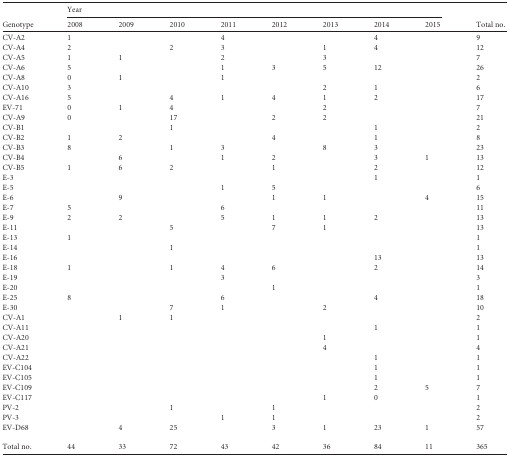
<table><thead><tr><td rowspan="2"><b>Genotype</b></td><td colspan="8"><b>Year</b></td><td rowspan="2"><b>Total no.</b></td></tr><tr><td><b>2008</b></td><td><b>2009</b></td><td><b>2010</b></td><td><b>2011</b></td><td><b>2012</b></td><td><b>2013</b></td><td><b>2014</b></td><td><b>2015</b></td></tr></thead><tbody><tr><td>CV-A2</td><td>1</td><td>[EMPTY_CELL]</td><td>[EMPTY_CELL]</td><td>4</td><td>[EMPTY_CELL]</td><td>[EMPTY_CELL]</td><td>4</td><td>[EMPTY_CELL]</td><td>9</td></tr><tr><td>CV-A4</td><td>2</td><td>[EMPTY_CELL]</td><td>2</td><td>3</td><td>[EMPTY_CELL]</td><td>1</td><td>4</td><td>[EMPTY_CELL]</td><td>12</td></tr><tr><td>CV-A5</td><td>1</td><td>1</td><td>[EMPTY_CELL]</td><td>2</td><td>[EMPTY_CELL]</td><td>3</td><td>[EMPTY_CELL]</td><td>[EMPTY_CELL]</td><td>7</td></tr><tr><td>CV-A6</td><td>5</td><td>[EMPTY_CELL]</td><td>[EMPTY_CELL]</td><td>1</td><td>3</td><td>5</td><td>12</td><td>[EMPTY_CELL]</td><td>26</td></tr><tr><td>CV-A8</td><td>0</td><td>1</td><td>[EMPTY_CELL]</td><td>1</td><td>[EMPTY_CELL]</td><td>[EMPTY_CELL]</td><td>[EMPTY_CELL]</td><td>[EMPTY_CELL]</td><td>2</td></tr><tr><td>CV-A10</td><td>3</td><td>[EMPTY_CELL]</td><td>[EMPTY_CELL]</td><td>[EMPTY_CELL]</td><td>[EMPTY_CELL]</td><td>2</td><td>1</td><td>[EMPTY_CELL]</td><td>6</td></tr><tr><td>CV-A16</td><td>5</td><td>[EMPTY_CELL]</td><td>4</td><td>1</td><td>4</td><td>1</td><td>2</td><td>[EMPTY_CELL]</td><td>17</td></tr><tr><td>EV-71</td><td>0</td><td>1</td><td>4</td><td>[EMPTY_CELL]</td><td>[EMPTY_CELL]</td><td>2</td><td>[EMPTY_CELL]</td><td>[EMPTY_CELL]</td><td>7</td></tr><tr><td>CV-A9</td><td>0</td><td>[EMPTY_CELL]</td><td>17</td><td>[EMPTY_CELL]</td><td>2</td><td>2</td><td>[EMPTY_CELL]</td><td>[EMPTY_CELL]</td><td>21</td></tr><tr><td>CV-B1</td><td>[EMPTY_CELL]</td><td>[EMPTY_CELL]</td><td>1</td><td>[EMPTY_CELL]</td><td>[EMPTY_CELL]</td><td>[EMPTY_CELL]</td><td>1</td><td>[EMPTY_CELL]</td><td>2</td></tr><tr><td>CV-B2</td><td>1</td><td>2</td><td>[EMPTY_CELL]</td><td>[EMPTY_CELL]</td><td>4</td><td>[EMPTY_CELL]</td><td>1</td><td>[EMPTY_CELL]</td><td>8</td></tr><tr><td>CV-B3</td><td>8</td><td>[EMPTY_CELL]</td><td>1</td><td>3</td><td>[EMPTY_CELL]</td><td>8</td><td>3</td><td>[EMPTY_CELL]</td><td>23</td></tr><tr><td>CV-B4</td><td>[EMPTY_CELL]</td><td>6</td><td>[EMPTY_CELL]</td><td>1</td><td>2</td><td>[EMPTY_CELL]</td><td>3</td><td>1</td><td>13</td></tr><tr><td>CV-B5</td><td>1</td><td>6</td><td>2</td><td>[EMPTY_CELL]</td><td>1</td><td>[EMPTY_CELL]</td><td>2</td><td>[EMPTY_CELL]</td><td>12</td></tr><tr><td>E-3</td><td>[EMPTY_CELL]</td><td>[EMPTY_CELL]</td><td>[EMPTY_CELL]</td><td>[EMPTY_CELL]</td><td>[EMPTY_CELL]</td><td>[EMPTY_CELL]</td><td>1</td><td>[EMPTY_CELL]</td><td>1</td></tr><tr><td>E-5</td><td>[EMPTY_CELL]</td><td>[EMPTY_CELL]</td><td>[EMPTY_CELL]</td><td>1</td><td>5</td><td>[EMPTY_CELL]</td><td>[EMPTY_CELL]</td><td>[EMPTY_CELL]</td><td>6</td></tr><tr><td>E-6</td><td>[EMPTY_CELL]</td><td>9</td><td>[EMPTY_CELL]</td><td>[EMPTY_CELL]</td><td>1</td><td>1</td><td>[EMPTY_CELL]</td><td>4</td><td>15</td></tr><tr><td>E-7</td><td>5</td><td>[EMPTY_CELL]</td><td>[EMPTY_CELL]</td><td>6</td><td>[EMPTY_CELL]</td><td>[EMPTY_CELL]</td><td>[EMPTY_CELL]</td><td>[EMPTY_CELL]</td><td>11</td></tr><tr><td>E-9</td><td>2</td><td>2</td><td>[EMPTY_CELL]</td><td>5</td><td>1</td><td>1</td><td>2</td><td>[EMPTY_CELL]</td><td>13</td></tr><tr><td>E-11</td><td>[EMPTY_CELL]</td><td>[EMPTY_CELL]</td><td>5</td><td>[EMPTY_CELL]</td><td>7</td><td>1</td><td>[EMPTY_CELL]</td><td>[EMPTY_CELL]</td><td>13</td></tr><tr><td>E-13</td><td>1</td><td>[EMPTY_CELL]</td><td>[EMPTY_CELL]</td><td>[EMPTY_CELL]</td><td>[EMPTY_CELL]</td><td>[EMPTY_CELL]</td><td>[EMPTY_CELL]</td><td>[EMPTY_CELL]</td><td>1</td></tr><tr><td>E-14</td><td>[EMPTY_CELL]</td><td>[EMPTY_CELL]</td><td>1</td><td>[EMPTY_CELL]</td><td>[EMPTY_CELL]</td><td>[EMPTY_CELL]</td><td>[EMPTY_CELL]</td><td>[EMPTY_CELL]</td><td>1</td></tr><tr><td>E-16</td><td>[EMPTY_CELL]</td><td>[EMPTY_CELL]</td><td>[EMPTY_CELL]</td><td>[EMPTY_CELL]</td><td>[EMPTY_CELL]</td><td>[EMPTY_CELL]</td><td>13</td><td>[EMPTY_CELL]</td><td>13</td></tr><tr><td>E-18</td><td>1</td><td>[EMPTY_CELL]</td><td>1</td><td>4</td><td>6</td><td>[EMPTY_CELL]</td><td>2</td><td>[EMPTY_CELL]</td><td>14</td></tr><tr><td>E-19</td><td>[EMPTY_CELL]</td><td>[EMPTY_CELL]</td><td>[EMPTY_CELL]</td><td>3</td><td>[EMPTY_CELL]</td><td>[EMPTY_CELL]</td><td>[EMPTY_CELL]</td><td>[EMPTY_CELL]</td><td>3</td></tr><tr><td>E-20</td><td>[EMPTY_CELL]</td><td>[EMPTY_CELL]</td><td>[EMPTY_CELL]</td><td>[EMPTY_CELL]</td><td>1</td><td>[EMPTY_CELL]</td><td>[EMPTY_CELL]</td><td>[EMPTY_CELL]</td><td>1</td></tr><tr><td>E-25</td><td>8</td><td>[EMPTY_CELL]</td><td>[EMPTY_CELL]</td><td>6</td><td>[EMPTY_CELL]</td><td>[EMPTY_CELL]</td><td>4</td><td>[EMPTY_CELL]</td><td>18</td></tr><tr><td>E-30</td><td>[EMPTY_CELL]</td><td>[EMPTY_CELL]</td><td>7</td><td>1</td><td>[EMPTY_CELL]</td><td>2</td><td>[EMPTY_CELL]</td><td>[EMPTY_CELL]</td><td>10</td></tr><tr><td>CV-A1</td><td>[EMPTY_CELL]</td><td>1</td><td>1</td><td>[EMPTY_CELL]</td><td>[EMPTY_CELL]</td><td>[EMPTY_CELL]</td><td>[EMPTY_CELL]</td><td>[EMPTY_CELL]</td><td>2</td></tr><tr><td>CV-A11</td><td>[EMPTY_CELL]</td><td>[EMPTY_CELL]</td><td>[EMPTY_CELL]</td><td>[EMPTY_CELL]</td><td>[EMPTY_CELL]</td><td>[EMPTY_CELL]</td><td>1</td><td>[EMPTY_CELL]</td><td>1</td></tr><tr><td>CV-A20</td><td>[EMPTY_CELL]</td><td>[EMPTY_CELL]</td><td>[EMPTY_CELL]</td><td>[EMPTY_CELL]</td><td>[EMPTY_CELL]</td><td>1</td><td>[EMPTY_CELL]</td><td>[EMPTY_CELL]</td><td>1</td></tr><tr><td>CV-A21</td><td>[EMPTY_CELL]</td><td>[EMPTY_CELL]</td><td>[EMPTY_CELL]</td><td>[EMPTY_CELL]</td><td>[EMPTY_CELL]</td><td>4</td><td>[EMPTY_CELL]</td><td>[EMPTY_CELL]</td><td>4</td></tr><tr><td>CV-A22</td><td>[EMPTY_CELL]</td><td>[EMPTY_CELL]</td><td>[EMPTY_CELL]</td><td>[EMPTY_CELL]</td><td>[EMPTY_CELL]</td><td>[EMPTY_CELL]</td><td>1</td><td>[EMPTY_CELL]</td><td>1</td></tr><tr><td>EV-C104</td><td>[EMPTY_CELL]</td><td>[EMPTY_CELL]</td><td>[EMPTY_CELL]</td><td>[EMPTY_CELL]</td><td>[EMPTY_CELL]</td><td>[EMPTY_CELL]</td><td>1</td><td>[EMPTY_CELL]</td><td>1</td></tr><tr><td>EV-C105</td><td>[EMPTY_CELL]</td><td>[EMPTY_CELL]</td><td>[EMPTY_CELL]</td><td>[EMPTY_CELL]</td><td>[EMPTY_CELL]</td><td>[EMPTY_CELL]</td><td>1</td><td>[EMPTY_CELL]</td><td>1</td></tr><tr><td>EV-C109</td><td>[EMPTY_CELL]</td><td>[EMPTY_CELL]</td><td>[EMPTY_CELL]</td><td>[EMPTY_CELL]</td><td>[EMPTY_CELL]</td><td>[EMPTY_CELL]</td><td>2</td><td>5</td><td>7</td></tr><tr><td>EV-C117</td><td>[EMPTY_CELL]</td><td>[EMPTY_CELL]</td><td>[EMPTY_CELL]</td><td>[EMPTY_CELL]</td><td>[EMPTY_CELL]</td><td>1</td><td>0</td><td>[EMPTY_CELL]</td><td>1</td></tr><tr><td>PV-2</td><td>[EMPTY_CELL]</td><td>[EMPTY_CELL]</td><td>1</td><td>[EMPTY_CELL]</td><td>1</td><td>[EMPTY_CELL]</td><td>[EMPTY_CELL]</td><td>[EMPTY_CELL]</td><td>2</td></tr><tr><td>PV-3</td><td>[EMPTY_CELL]</td><td>[EMPTY_CELL]</td><td>[EMPTY_CELL]</td><td>1</td><td>1</td><td>[EMPTY_CELL]</td><td>[EMPTY_CELL]</td><td>[EMPTY_CELL]</td><td>2</td></tr><tr><td>EV-D68</td><td>[EMPTY_CELL]</td><td>4</td><td>25</td><td>[EMPTY_CELL]</td><td>3</td><td>1</td><td>23</td><td>1</td><td>57</td></tr><tr><td>Total no.</td><td>44</td><td>33</td><td>72</td><td>43</td><td>42</td><td>36</td><td>84</td><td>11</td><td>365</td></tr></tbody></table>